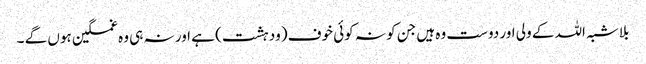
بلاشبہ اللہ کے ولی اور دوست وہ ہیں جن کو نہ کوئی خوف (ودہشت) ہے اور نہ ہی وہ غمگین ہوں گے ۔